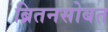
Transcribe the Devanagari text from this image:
ब्रितनसोबत